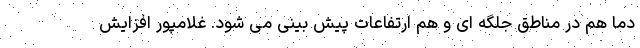
دما هم در مناطق جلگه ای و هم ارتفاعات پیش بینی می شود. غلامپور افزایش